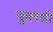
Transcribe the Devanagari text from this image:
कुलश्री